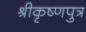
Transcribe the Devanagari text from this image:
श्रीकृष्णपुत्र